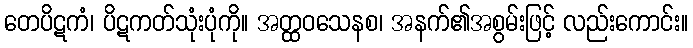
တေပိဋကံ၊ ပိဋကတ်သုံးပုံကို။ အတ္ထဝသေနစ၊ အနက်၏အစွမ်းဖြင့် လည်းကောင်း။